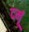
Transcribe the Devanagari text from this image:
दर्मू